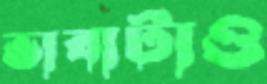
ভাবাটাও